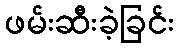
ဖမ်းဆီးခဲ့ခြင်း